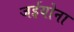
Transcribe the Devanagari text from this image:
जईयोना